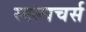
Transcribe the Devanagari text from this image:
स्क्ल्पचर्स